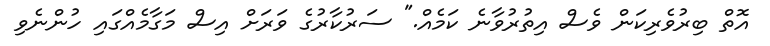
އޮތް ބިރުވެރިކަން ވެސް އިތުރުވާނެ ކަމެއް." ސަރުކާރުގެ ވަރަށް އިސް މަގާމެއްގައި ހުންނެވި